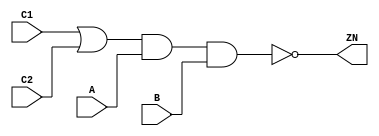
module OAI211_X1 (A, B, C1, C2, ZN);
  input A;
  input B;
  input C1;
  input C2;
  output ZN;
  not(ZN, i_12);
  and(i_12, i_13, B);
  and(i_13, i_14, A);
  or(i_14, C1, C2);
  specify
    if((B == 1'b1) && (C1 == 1'b0) && (C2 == 1'b1)) (A => ZN) = (0.1, 0.1);
    if((B == 1'b1) && (C1 == 1'b1) && (C2 == 1'b0)) (A => ZN) = (0.1, 0.1);
    if((B == 1'b1) && (C1 == 1'b1) && (C2 == 1'b1)) (A => ZN) = (0.1, 0.1);
    if((A == 1'b1) && (C1 == 1'b0) && (C2 == 1'b1)) (B => ZN) = (0.1, 0.1);
    if((A == 1'b1) && (C1 == 1'b1) && (C2 == 1'b0)) (B => ZN) = (0.1, 0.1);
    if((A == 1'b1) && (C1 == 1'b1) && (C2 == 1'b1)) (B => ZN) = (0.1, 0.1);
    (C1 => ZN) = (0.1, 0.1);
    (C2 => ZN) = (0.1, 0.1);
  endspecify
endmodule